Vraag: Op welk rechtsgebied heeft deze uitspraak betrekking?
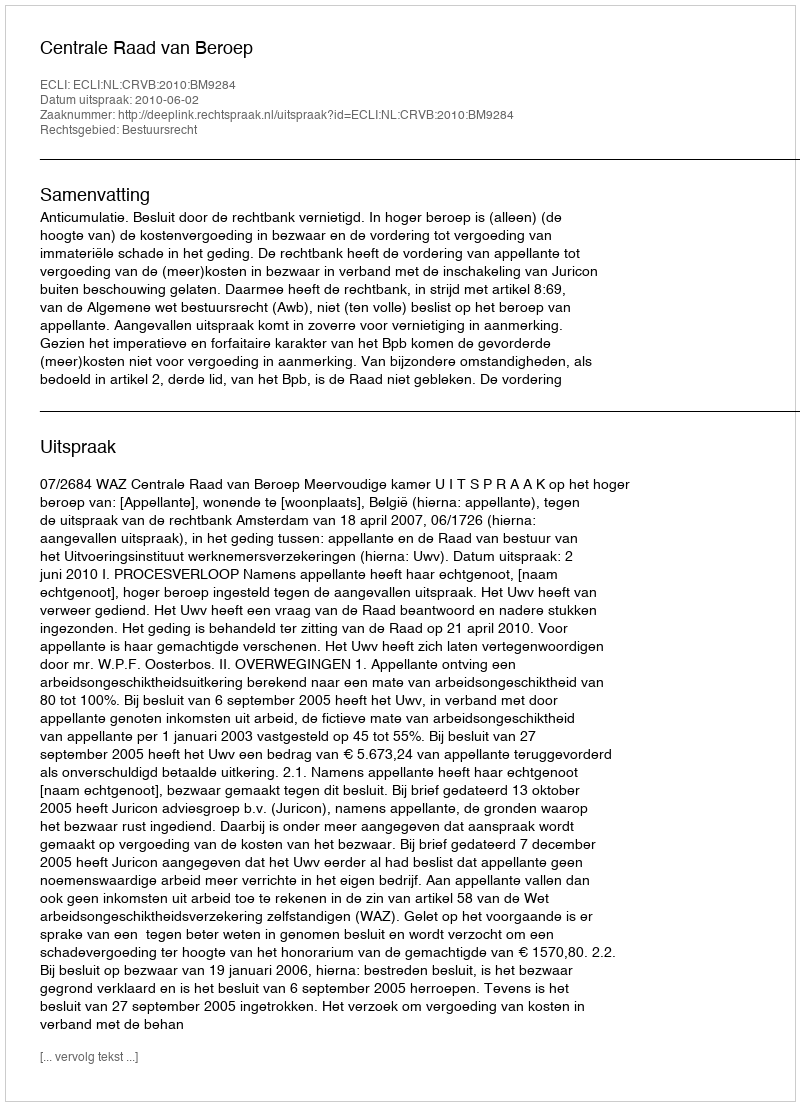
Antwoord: Bestuursrecht